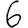
Digit: 6